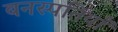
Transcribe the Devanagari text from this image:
बनस्पतियाँ